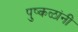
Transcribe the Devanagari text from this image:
पुष्कळांनीं